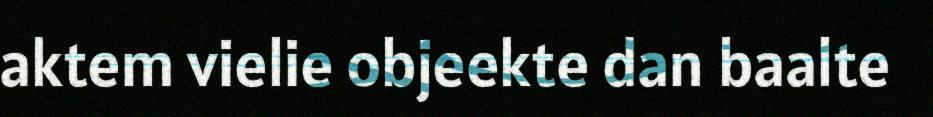
aktem vielie objeekte dan baalte